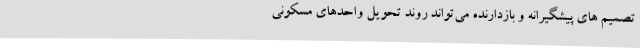
تصمیم های پیشگیرانه و بازدارنده می‌تواند روند تحویل واحدهای مسکونی